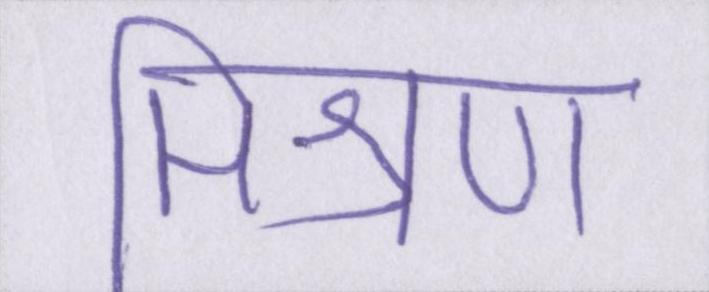
मिश्रण